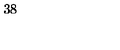
3 8